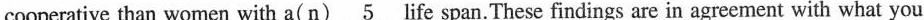
cooperative than women with a( n) \underline{5} life span. These findings are in agreement with what you